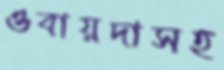
ওবায়দাসহ